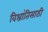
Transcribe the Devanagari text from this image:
विश्रांतिसाठी